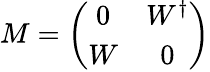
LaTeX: M=\left(\begin{array}{cc}{{0}}&{{W^{\dagger}}}\\ {{W}}&{{0}}\end{array}\right)